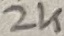
Text: 2K